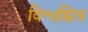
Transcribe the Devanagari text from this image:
विश्वह्मित्र